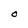
Character: O